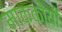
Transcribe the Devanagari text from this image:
माक्कोयी